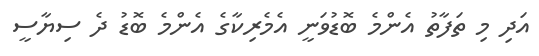
އަދި މި ތަފާތު އެންމެ ބޮޑުވަނީ އެމެރިކާގެ އެންމެ ބޮޑު ދެ ސިޔާސީ